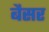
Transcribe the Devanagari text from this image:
बैसर